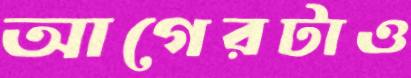
আগেরটাও